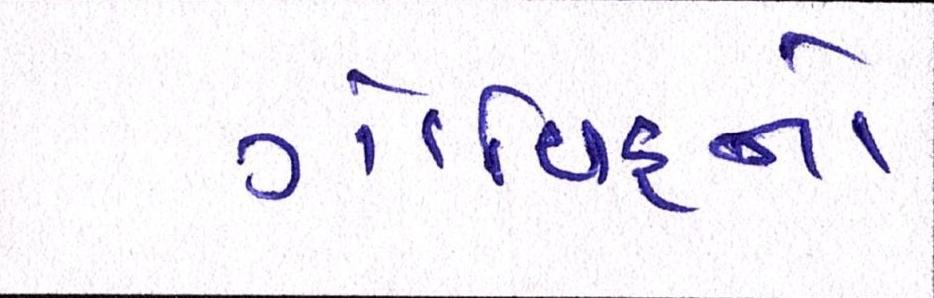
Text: ગોવિંદનો